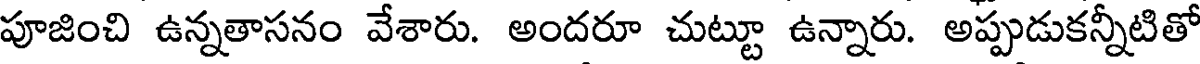
పూజించి ఉన్నతాసనం వేశారు. అందరూ చుట్టూ ఉన్నారు. అప్పుడుకన్నీటితో